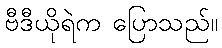
ဗီဒီယိုရဲက ပြောသည်။